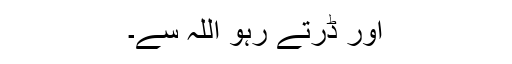
اور ڈرتے رہو اللہ سے۔